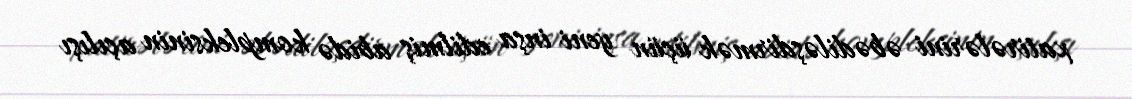
xatirələrini əbədiləşdirmək üçün yeni inşa edilmiş abidə kompleksinin açılışı